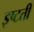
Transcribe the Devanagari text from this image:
इष्टती